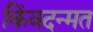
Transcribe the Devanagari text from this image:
किंवदन्मत